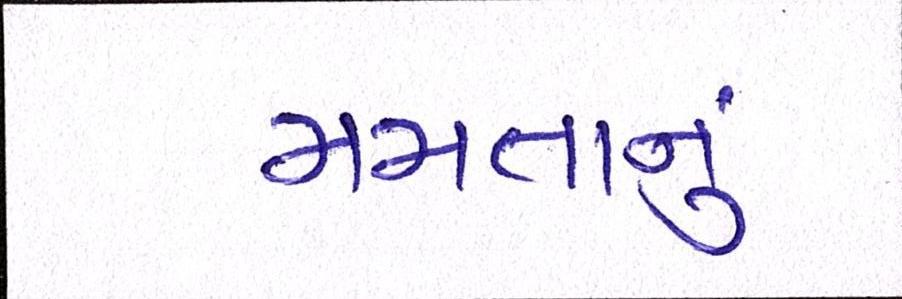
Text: મમતાનું